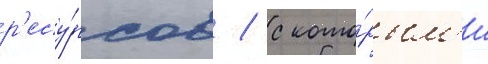
р'есу́рсов / с кото́рым'и